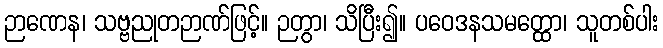
ဉာဏေန၊ သဗ္ဗညုတဉာဏ်ဖြင့်။ ဉတွာ၊ သိပြီး၍။ ပဝေဒနသမတ္ထော၊ သူတစ်ပါး